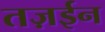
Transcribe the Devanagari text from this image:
तज़ईन